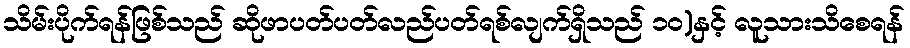
သိမ်းပိုက်ရန်ဖြစ်သည် ဆိုဖာပတ်ပတ်လည်ပတ်ရစ်လျက်ရှိသည် ၁၀)နှင့် လူသားသိစေရန်